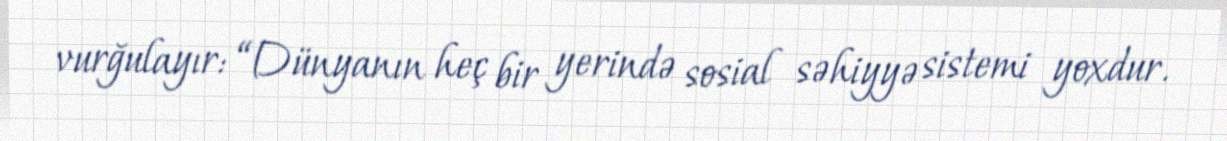
vurğulayır: “Dünyanın heç bir yerində sosial səhiyyə sistemi yoxdur.